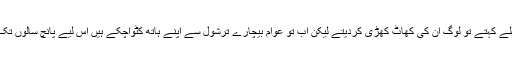
یہی بات اگر وہ انتخاب سے پہلے کہتے تو لوگ ان کی کھاٹ کھڑی کردیتے لیکن اب تو عوام بیچارے ترشول سے اپنے ہاتھ کٹواچکے ہیں اس لیے پانچ سالوں تک تو یہ زخم سہنا ہی پڑیں گے۔